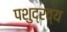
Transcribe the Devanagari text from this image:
पशुद्रव्य